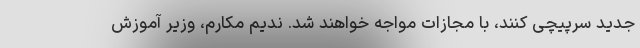
جدید سرپیچی کنند، با مجازات مواجه خواهند شد. ندیم مکارم، وزیر آموزش